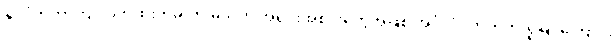
နိုင်ငံတကာကျင့်ဝတ်ထုံးတမ်းကို မသိတဲ့ အရိုင်းအစိုင်းတွေအဖြစ် အင်္ဂလိပ်ဘက်က ရှုမြင်ကြောင်း